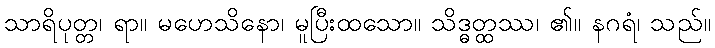
သာရိပုတ္တ၊ ရာ။ မဟေသိနော၊ မူပြီးထသော။ သိဒ္ဓတ္ထဿ၊ ၏။ နဂရံ၊ သည်။